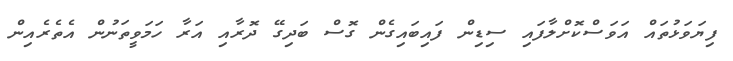
ފިޔަވަޅުތައް އަވަސްކޮށްލާފައި ސިޑިން ފައިބައިގެން ގޮސް ބަދިގޭ ދޮރާއި އަރާ ހަމަވީތަނުން އެތެރެއިން